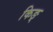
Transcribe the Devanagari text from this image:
किङ्